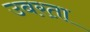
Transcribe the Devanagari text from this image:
उबरता